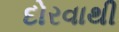
દોરવાથી